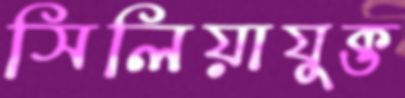
সিলিয়াযুক্ত